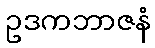
ဥဒကဘာဇနံ